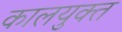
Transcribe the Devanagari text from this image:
कालयुक्त